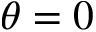
\theta = 0